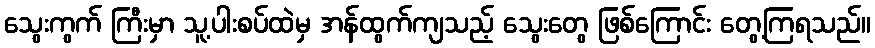
သွေးကွက် ကြီးမှာ သူ့ပါးစပ်ထဲမှ အန်ထွက်ကျသည့် သွေးတွေ ဖြစ်ကြောင်း တွေ့ကြရသည်။